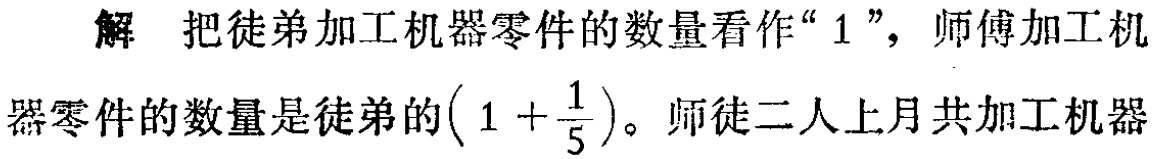
解 把徒弟加工机器零件的数量看作“$1$”，师傅加工机器零件的数量是徒弟的$\left(1 + \dfrac{1}{5}\right)$。师徒二人上月共加工机器